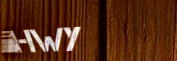
Hwy